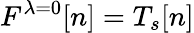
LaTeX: F^{\lambda=0}[n]=T_{s}[n]